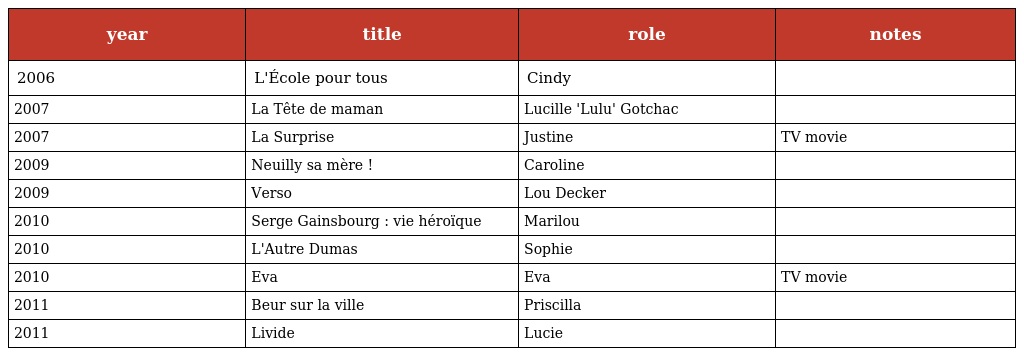
| year | title | role | notes |
 | --- | --- | --- | --- |
 | 2006 | L'École pour tous | Cindy |  |
 | 2007 | La Tête de maman | Lucille 'Lulu' Gotchac |  |
 | 2007 | La Surprise | Justine | TV movie |
 | 2009 | Neuilly sa mère ! | Caroline |  |
 | 2009 | Verso | Lou Decker |  |
 | 2010 | Serge Gainsbourg : vie héroïque | Marilou |  |
 | 2010 | L'Autre Dumas | Sophie |  |
 | 2010 | Eva | Eva | TV movie |
 | 2011 | Beur sur la ville | Priscilla |  |
 | 2011 | Livide | Lucie |  |